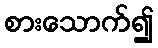
စားသောက်၍